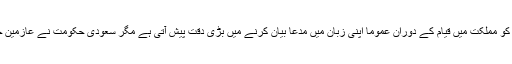
حج کے موقع پر دنیا بھر سے آئے عازمین کو مملکت میں قیام کے دوران عموما اپنی زبان میں مدعا بیان کرنے میں بڑی دِقت پیش آتی ہے مگر سعودی حکومت نے عازمین حج کا یہ مسئلہ کافی حد تک حل کر دیا ہے۔